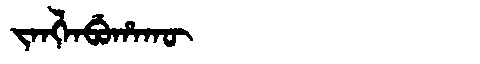
Manchu: ᠵᠠᠩᠯᠠᠪᡠᡥᠠᡴᡡ
Romanization: JANGLABUHAKŪ